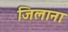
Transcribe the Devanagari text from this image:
जिलाना